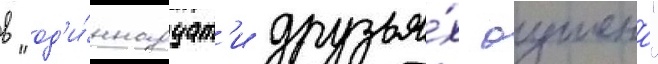
в "од'и́ннадцат'и друзья́х оушена"